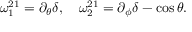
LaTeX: \omega _ { 1 } ^ { 2 1 } = \partial _ { \theta } \delta , ~ ~ ~ \omega _ { 2 } ^ { 2 1 } = \partial _ { \phi } \delta - \cos \theta .